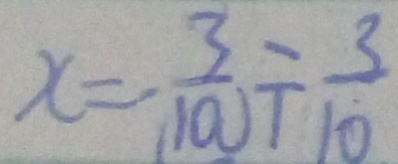
x = \frac { 3 } { 1 0 0 } \div \frac { 3 } { 1 0 }